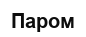
Паром